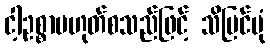
ငါ့ဥစ္စာမဟုတ်စသည်ဖြင့် သိမြင်ပုံ